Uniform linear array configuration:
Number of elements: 16
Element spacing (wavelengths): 0.25
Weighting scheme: blackman
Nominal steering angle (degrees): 45
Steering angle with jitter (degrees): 44.394
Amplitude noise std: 0.05
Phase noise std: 0.05

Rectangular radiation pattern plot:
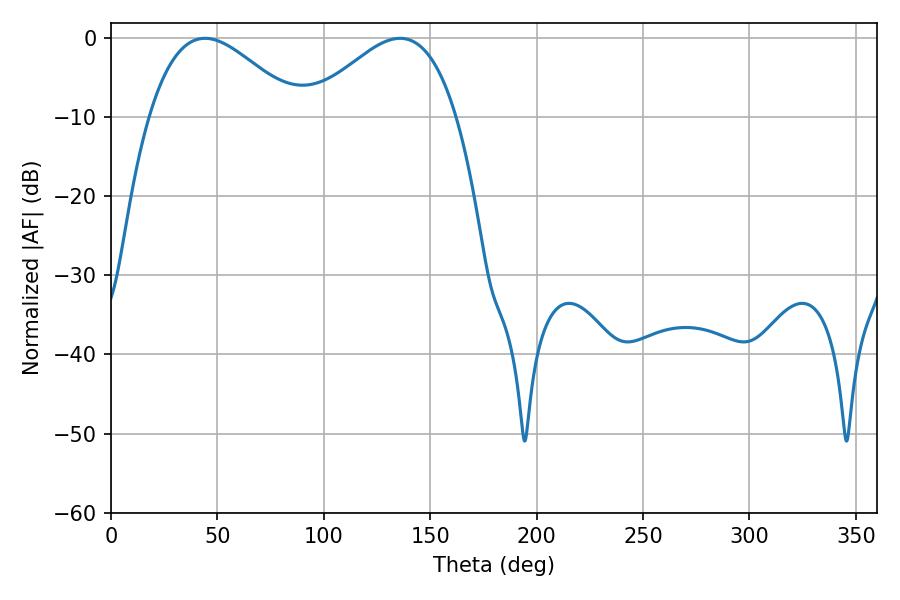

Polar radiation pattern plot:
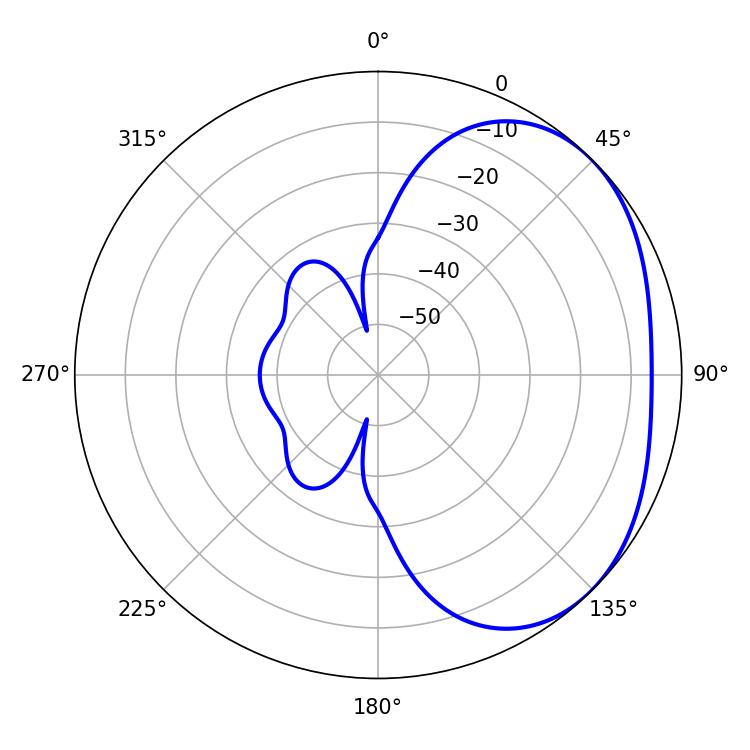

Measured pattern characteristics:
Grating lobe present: FALSE
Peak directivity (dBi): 2.722
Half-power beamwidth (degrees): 37.62
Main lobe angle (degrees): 135.9